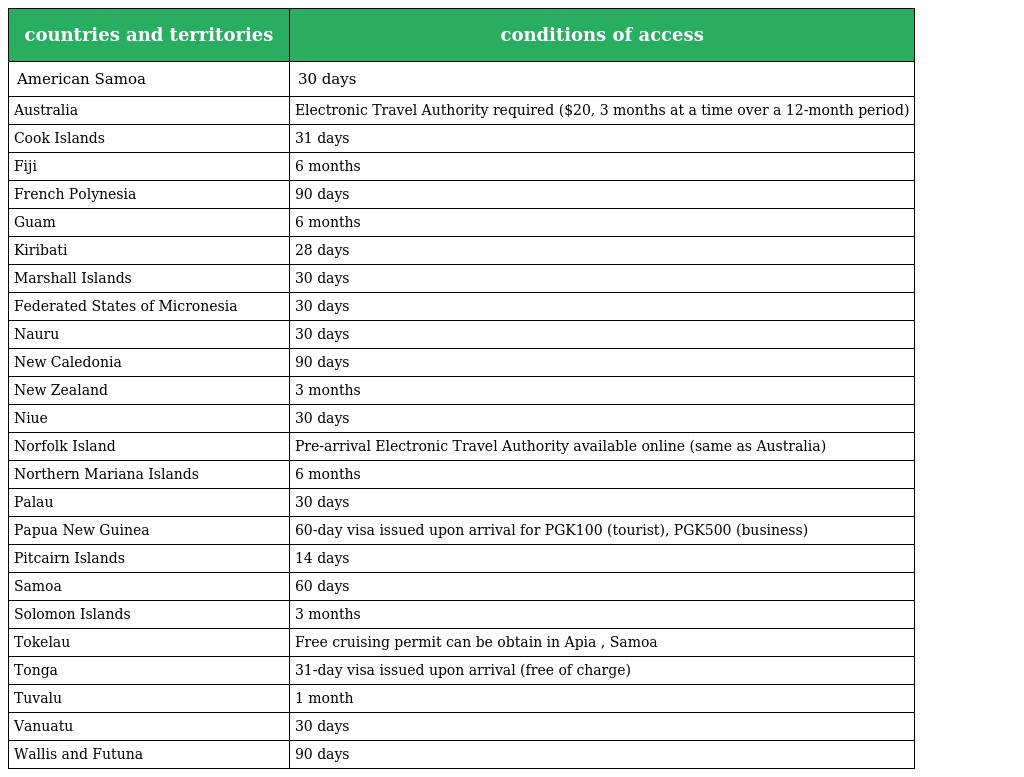
| countries and territories | conditions of access |
 | --- | --- |
 | American Samoa | 30 days |
 | Australia | Electronic Travel Authority required ($20, 3 months at a time over a 12-month period) |
 | Cook Islands | 31 days |
 | Fiji | 6 months |
 | French Polynesia | 90 days |
 | Guam | 6 months |
 | Kiribati | 28 days |
 | Marshall Islands | 30 days |
 | Federated States of Micronesia | 30 days |
 | Nauru | 30 days |
 | New Caledonia | 90 days |
 | New Zealand | 3 months |
 | Niue | 30 days |
 | Norfolk Island | Pre-arrival Electronic Travel Authority available online (same as Australia) |
 | Northern Mariana Islands | 6 months |
 | Palau | 30 days |
 | Papua New Guinea | 60-day visa issued upon arrival for PGK100 (tourist), PGK500 (business) |
 | Pitcairn Islands | 14 days |
 | Samoa | 60 days |
 | Solomon Islands | 3 months |
 | Tokelau | Free cruising permit can be obtain in Apia , Samoa |
 | Tonga | 31-day visa issued upon arrival (free of charge) |
 | Tuvalu | 1 month |
 | Vanuatu | 30 days |
 | Wallis and Futuna | 90 days |